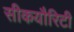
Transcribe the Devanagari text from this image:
सीकयौरिटी